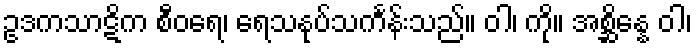
ဥဒကသာဋိက စီဝရေ၊ ရေသနုပ်သင်္ကန်းသည်။ ဝါ၊ ကို။ အစ္ဆိန္နေ ဝါ၊